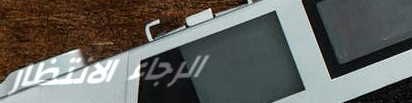
الرجاء الانتظار